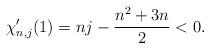
LaTeX: \begin{align*}\chi_{n,j}^{\prime}(1)= nj-\frac{n^{2}+3n}{2}<0.\end{align*}